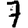
Digit: 7